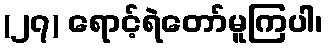
(၂၇) ရောင့်ရဲတော်မူကြပါ၊